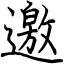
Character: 邀